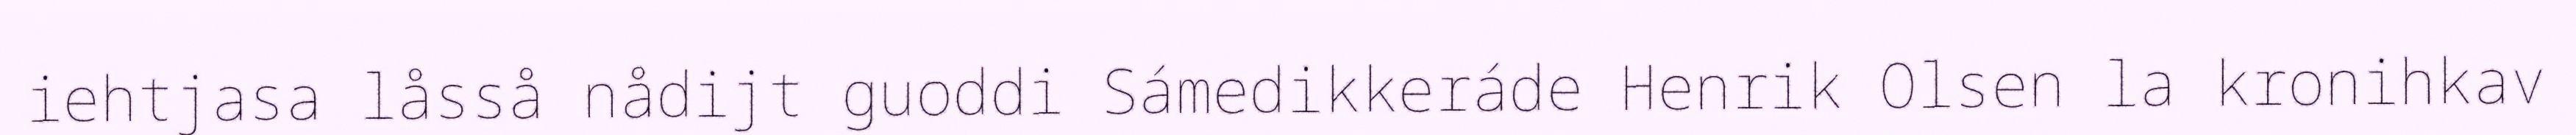
iehtjasa låsså nådijt guoddi Sámedikkeráde Henrik Olsen la kronihkav